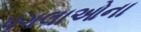
પગલાઓના